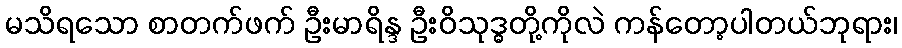
မသိရသော စာတက်ဖက် ဦးမာရိန္ဒ ဦးဝိသုဒ္ဓတို့ကိုလဲ ကန်တော့ပါတယ်ဘုရား၊